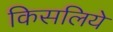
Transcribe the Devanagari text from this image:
किसलिये